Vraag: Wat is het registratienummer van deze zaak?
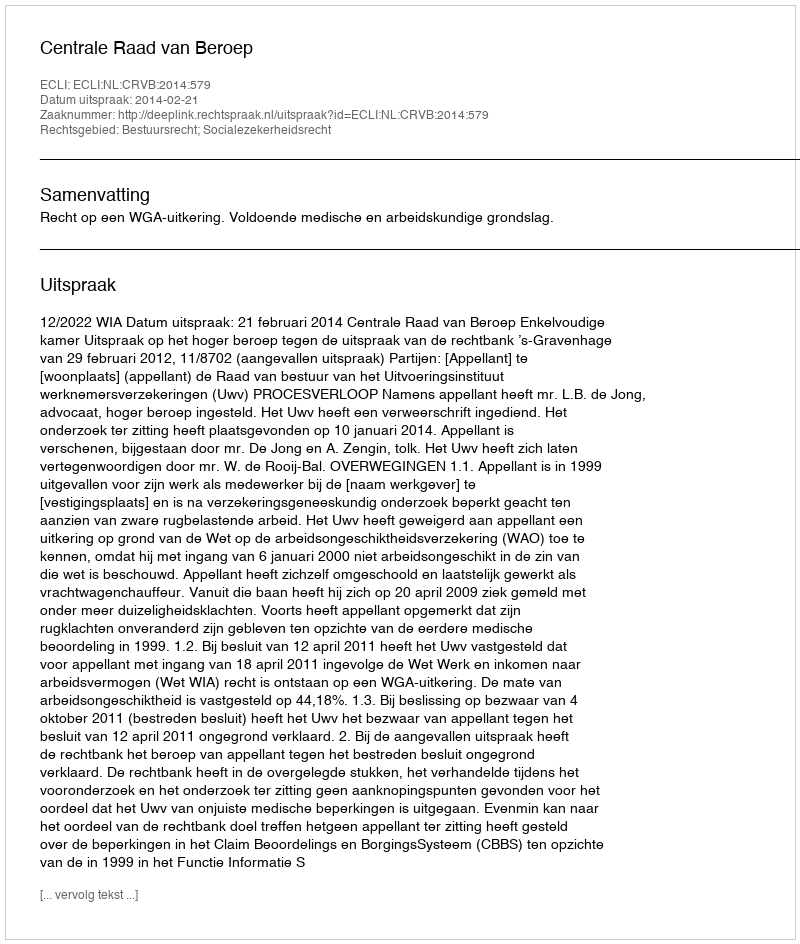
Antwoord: http://deeplink.rechtspraak.nl/uitspraak?id=ECLI:NL:CRVB:2014:579